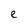
Character: e